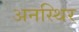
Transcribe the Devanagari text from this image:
अनस्थिर